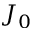
J _ { 0 }